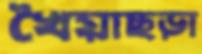
খৈয়াছড়া